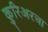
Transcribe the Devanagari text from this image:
कुरिअरचा